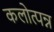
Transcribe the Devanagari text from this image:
कलोत्पन्न